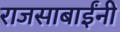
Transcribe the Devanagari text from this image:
राजसाबाईंनी